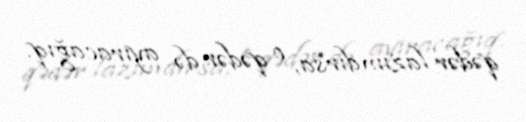
qədər lazımdırsa, o qədər də ayıracağıq.